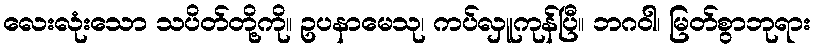
လေးလုံးသော သပိတ်တို့ကို။ ဥပနာမေသု၊ ကပ်လှူကုန်ပြီ။ ဘဂဝါ၊ မြတ်စွာဘုရား